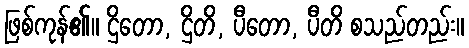
ဖြစ်ကုန်၏။ ဌိတော, ဌိတိ, ပီတော, ပီတိ စသည်တည်း။